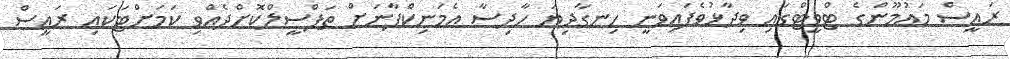
ރައީސް މައުމޫންގެ ޓްވީޓްގައި ވިދާޅުވެފައިވަނީ ހިނގާދިޔަ ހާދިސާ އެމަނިކްފާނަށް ތަފްސީލްކޮށްދެއްވި ކަމަށްޓަކައި ރައީސް